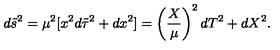
d \tilde { s } ^ { 2 } = \mu ^ { 2 } [ x ^ { 2 } d \tilde { \tau } ^ { 2 } + d x ^ { 2 } ] = \left( { \frac { X } { \mu } } \right) ^ { 2 } d T ^ { 2 } + d X ^ { 2 } .